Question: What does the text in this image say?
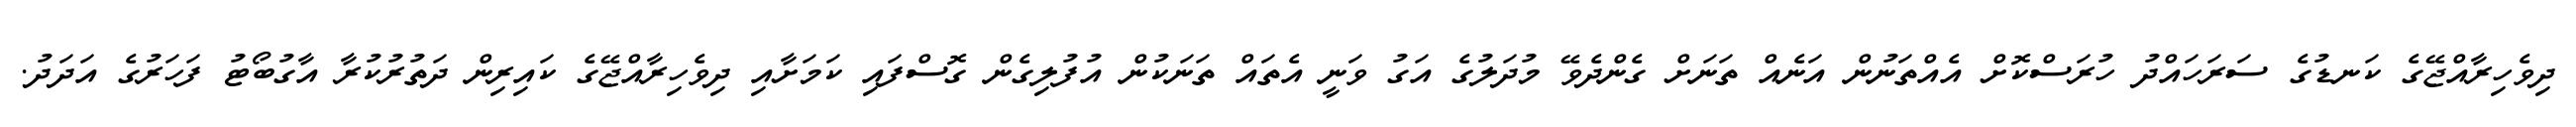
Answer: ދިވެހިރާއްޖޭގެ ކަނޑުގެ ސަރަހައްދު ހުރަސްކޮށް އެއްތަނުން އަނެއް ތަނަށް ގެންދެވޭ މުދަލުގެ އަގު ވަނީ އެތައް ތަނަކުން އުފުލިގެން ގޮސްފައި ކަމަށާއި ދިވެހިރާއްޖޭގެ ކައިރިން ދަތުރުކުރާ އާގުބޯޓު ފަހަރުގެ އަދަދު.